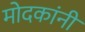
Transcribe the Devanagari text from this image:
मोदकांनी